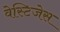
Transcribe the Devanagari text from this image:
वेस्टिजेस